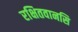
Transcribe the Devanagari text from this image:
रक्षितवानसि